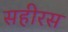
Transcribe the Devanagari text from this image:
सहीरस